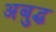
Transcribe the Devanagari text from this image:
अबुद्ध